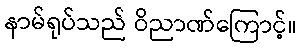
နာမ်ရုပ်သည် ဝိညာဏ်ကြောင့်။